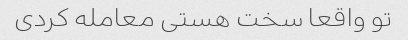
تو واقعا سخت هستی معامله کردی